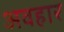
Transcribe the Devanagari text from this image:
अवहार